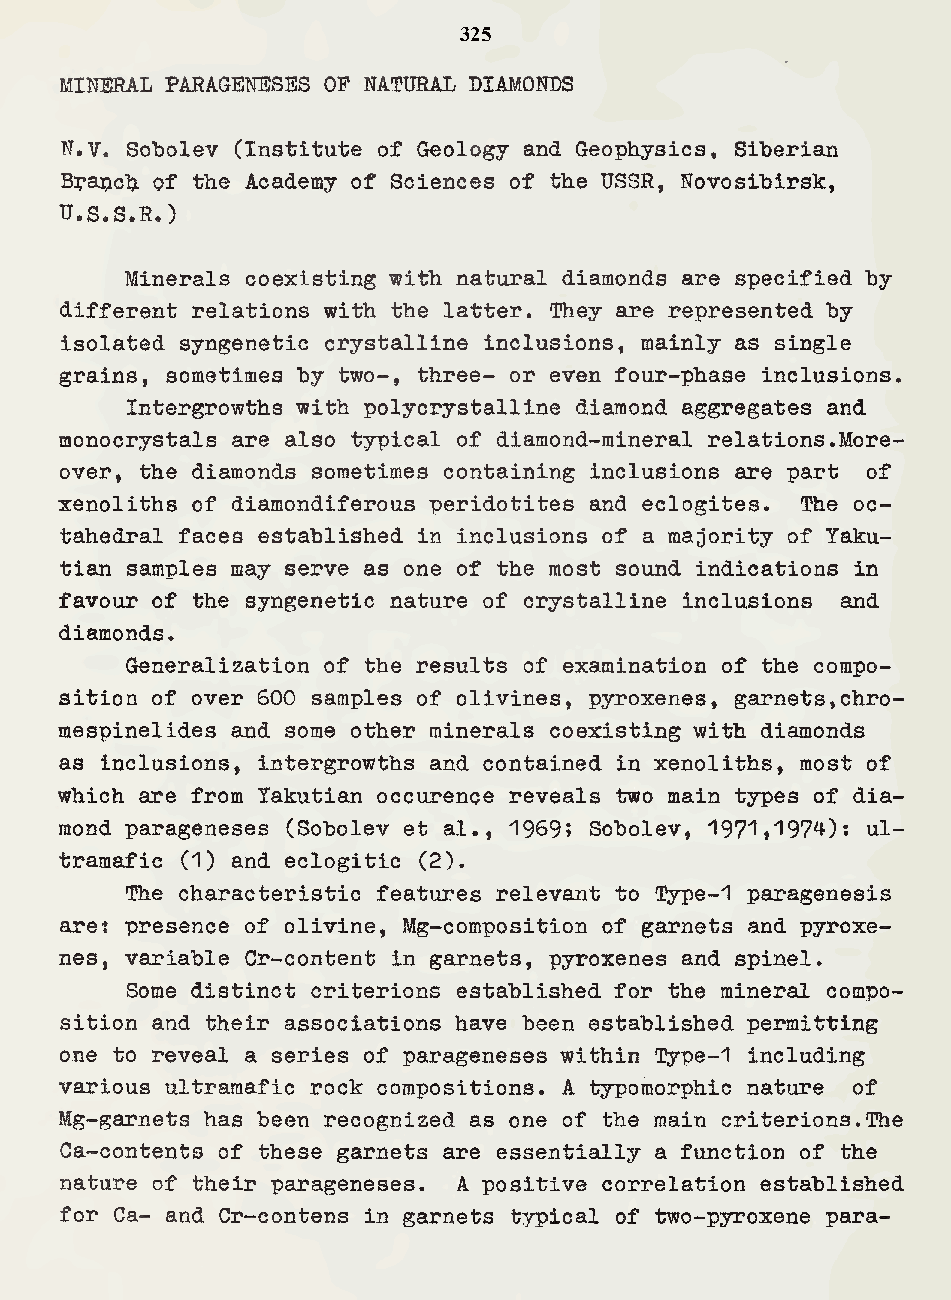
325
 MINERAL PARAGENESES OP NATURAL DIAMONDS
 N.V. Sobolev (Institute of Geology and Geophysics, Siberian
 Bpapch of the Academy of Sciences of the USSR, Novosibirsk,
 U.S.S.R.)
 Minerals coexisting with natural diamonds are specified by
 different relations with the latter. They are represented by
 isolated syngenetic crystalline inclusions, mainly as single
 grains, sometimes by two-, three- or even four-phase inclusions.
 Intergrowths with polycrystalline diamond aggregates and
 monocrystals are also typical of diamond-mineral relations.More¬
 over, the diamonds sometimes containing inclusions are part of
 xenoliths of diamondiferous peridotites and eclogites. The oc¬
 tahedral faces established in inclusions of a majority of Yaku-
 tian samples may serve as one of the most sound indications in
 favour of the syngenetic nature of crystalline inclusions aind
 diamonds.
 Generalization of the results of examination of the compo¬
 sition of over 600 samples of olivines, pyroxenes, garnets,chro-
 mespinelides and some other minerals coexisting with diamonds
 as inclusions, intergrowths and contained in xenoliths, most of
 which are from Yakutian occurence reveals two main types of dia¬
 mond parageneses (Sobolev et al., 1969? Sobolev, 1971>^97^)s ul-
 tramafic (1) and eclogitic (2).
 The characteristic features relevant to Type-1 paragenesis
 aret presence of olivine, Mg-composition of garnets and pyroxe¬
 nes, variable Cr-content in garnets, pyroxenes and spinel.
 Some distinct criterions established for the mineral compo¬
 sition and their associations have been established permitting
 one to reveal a series of parageneses within Type~1 including
 various ultramafic rock compositions. A typomorphic nature of
 Mg-garnets has been recognized as one of the main criterions.The
 Ca-contents of these garnets are essentially a function of the
 nature of their parageneses. A positive correlation established
 for Ca- and Cr-contens in garnets typical of two-pyroxene para-